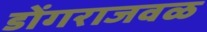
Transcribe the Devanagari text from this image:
डोंगराजवळ